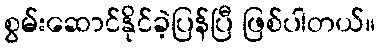
စွမ်းဆောင်နိုင်ခဲ့ပြန်ပြီ ဖြစ်ပါတယ်။